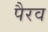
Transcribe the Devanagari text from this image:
पैरव